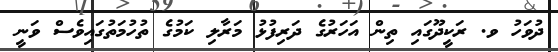
ދުވަހު ވ. ރަކީދޫގައި ތިން އަހަރުގެ ދަރިފުޅު މަރާލި ކަމުގެ ތުހުމަތުގައިވެސް ވަނީ